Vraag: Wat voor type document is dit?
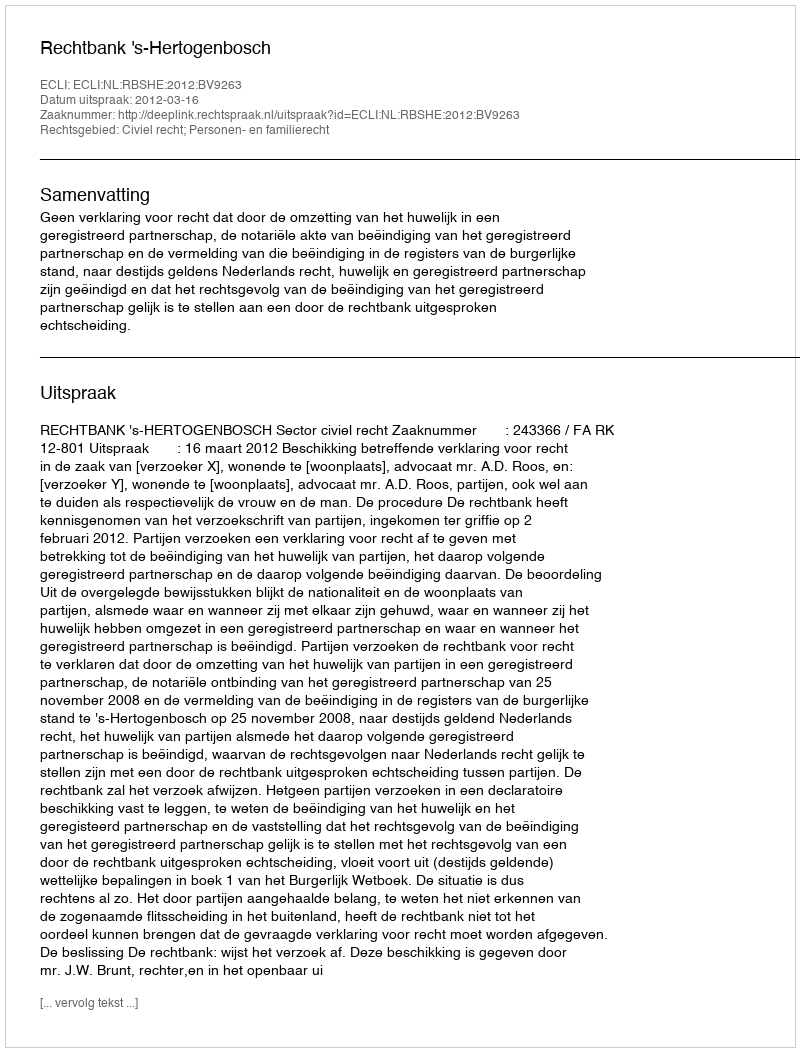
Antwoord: Uitspraak